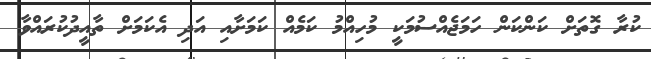
ކުރާ ގޮތަށް ކަންކަން ހަމަޖެއްސުމަކީ މުހިއްމު ކަމެއް ކަމަށާއި އަދި އެކަމަށް ތާއީދުކުރައްވާ